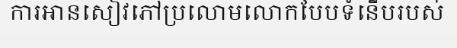
ការអានសៀវភៅប្រលោមលោកបែបទំនើបរបស់